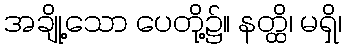
အချို့သော ပေတို့၌။ နတ္ထိ၊ မရှိ၊